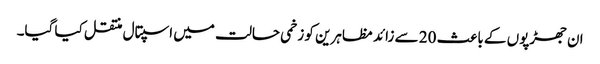
ان جھڑپوں کے باعث 20 سے زائد مظاہرین کو زخمی حالت میں اسپتال منتقل کیا گیا۔